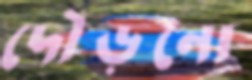
দৌড়নো